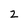
Character: 2